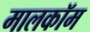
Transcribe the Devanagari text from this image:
मालकॉम